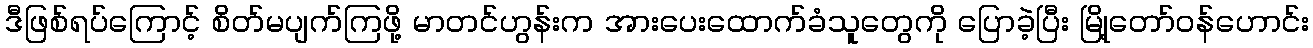
ဒီဖြစ်ရပ်ကြောင့် စိတ်မပျက်ကြဖို့ မာတင်ဟွန်းက အားပေးထောက်ခံသူတွေကို ပြောခဲ့ပြီး မြို့တော်ဝန်ဟောင်း